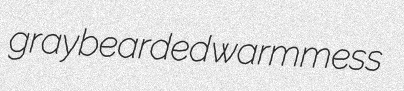
graybearded warmmess